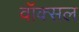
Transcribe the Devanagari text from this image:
वॉक्‍सल